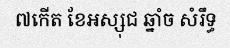
៧កើត ខែអស្សុជ ឆ្នាំច សំរឹទ្ធ